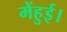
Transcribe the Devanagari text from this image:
मेंहुई।